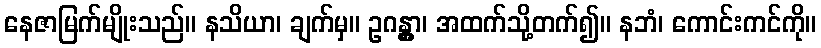
နေဇာမြက်မျိုးသည်။ နသိယာ၊ ချက်မှ။ ဥဂန္တွာ၊ အထက်သို့တက်၍။ နဘံ၊ ကောင်းကင်ကို။